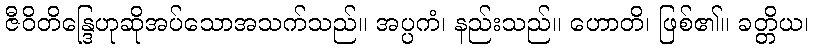
ဇီဝိတိန္ဒြေဟုဆိုအပ်သောအသက်သည်။ အပ္ပကံ၊ နည်းသည်။ ဟောတိ၊ ဖြစ်၏။ ခတ္တိယ၊